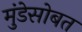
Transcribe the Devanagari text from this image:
मुंडेसोबत